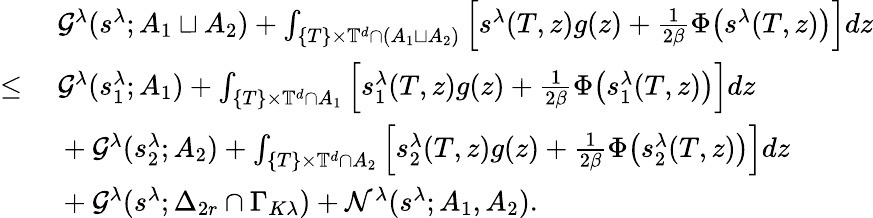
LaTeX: \begin{array}{rl}&{\ \mathcal{G}^{\lambda}(s^{\lambda};A_{1}\sqcup A_{2})+\int_{\{ T\} \times\mathbb{T}^{d}\cap(A_{1}\sqcup A_{2})}\Big[s^{\lambda}(T,z)g(z)+\frac{1}{2\beta}\Phi\big(s^{\lambda}(T,z)\big)\Big]dz}\\ {\leq}&{\ \mathcal{G}^{\lambda}(s_{1}^{\lambda};A_{1})+\int_{\{ T\} \times\mathbb{T}^{d}\cap A_{1}}\Big[s_{1}^{\lambda}(T,z)g(z)+\frac{1}{2\beta}\Phi\big(s_{1}^{\lambda}(T,z)\big)\Big]dz}\\ &{\ +\mathcal{G}^{\lambda}(s_{2}^{\lambda};A_{2})+\int_{\{ T\} \times\mathbb{T}^{d}\cap A_{2}}\Big[s_{2}^{\lambda}(T,z)g(z)+\frac{1}{2\beta}\Phi\big(s_{2}^{\lambda}(T,z)\big)\Big]dz}\\ &{\ +\mathcal{G}^{\lambda}(s^{\lambda};{\Delta}_{2r}\cap\Gamma_{K\lambda})+\mathcal{N}^{\lambda}(s^{\lambda};A_{1},A_{2}).}\end{array}